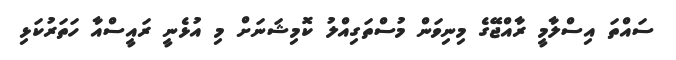
ސައްތަ އިސްލާމީ ރާއްޖޭގެ މިނިވަން މުސްތަގިއްލު ކޮމިޝަނަށް މި އުޅެނީ ރައީސްއާ ހަތަރުކަޅި